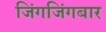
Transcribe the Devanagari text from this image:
जिंगजिंगबार